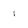
Character: 1